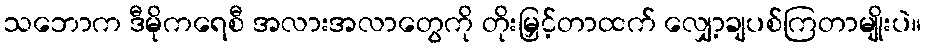
သဘောက ဒီမိုကရေစီ အလားအလာတွေကို တိုးမြှင့်တာထက် လျှော့ချပစ်ကြတာမျိုးပဲ။